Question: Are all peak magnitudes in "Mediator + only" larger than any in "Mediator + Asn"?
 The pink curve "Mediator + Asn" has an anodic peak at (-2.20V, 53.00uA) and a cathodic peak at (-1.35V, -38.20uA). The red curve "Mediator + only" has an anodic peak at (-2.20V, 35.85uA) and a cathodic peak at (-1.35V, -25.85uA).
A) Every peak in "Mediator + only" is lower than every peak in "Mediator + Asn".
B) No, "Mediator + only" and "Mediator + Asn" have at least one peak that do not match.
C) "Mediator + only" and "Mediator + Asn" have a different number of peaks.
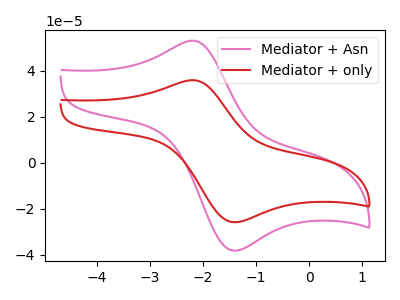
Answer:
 <answer>A) Every peak in "Mediator + only" is lower than every peak in "Mediator + Asn".</answer>
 <eval>A</eval>